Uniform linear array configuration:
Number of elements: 48
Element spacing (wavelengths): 0.5
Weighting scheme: blackman
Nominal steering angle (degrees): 45
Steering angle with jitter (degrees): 46.837
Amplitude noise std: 0.05
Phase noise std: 0.05

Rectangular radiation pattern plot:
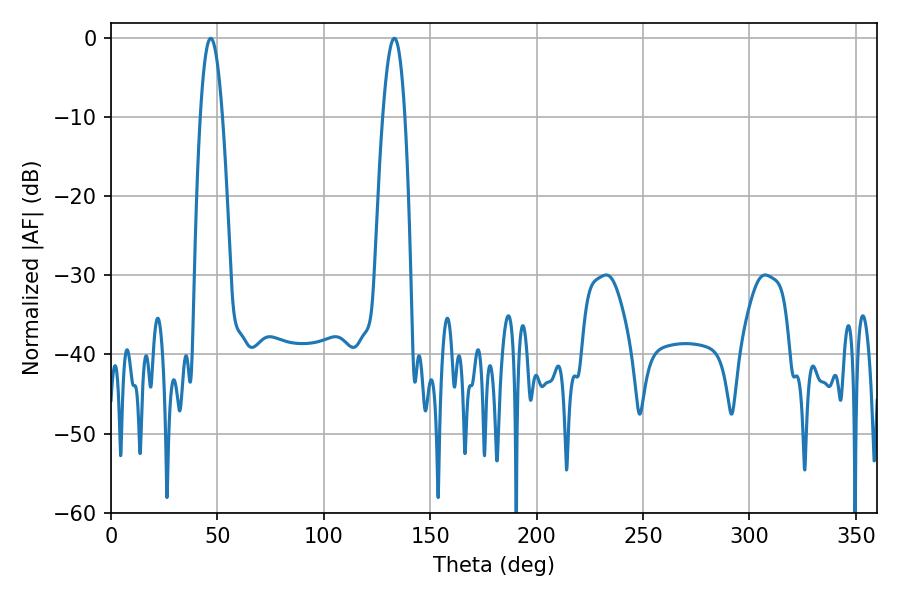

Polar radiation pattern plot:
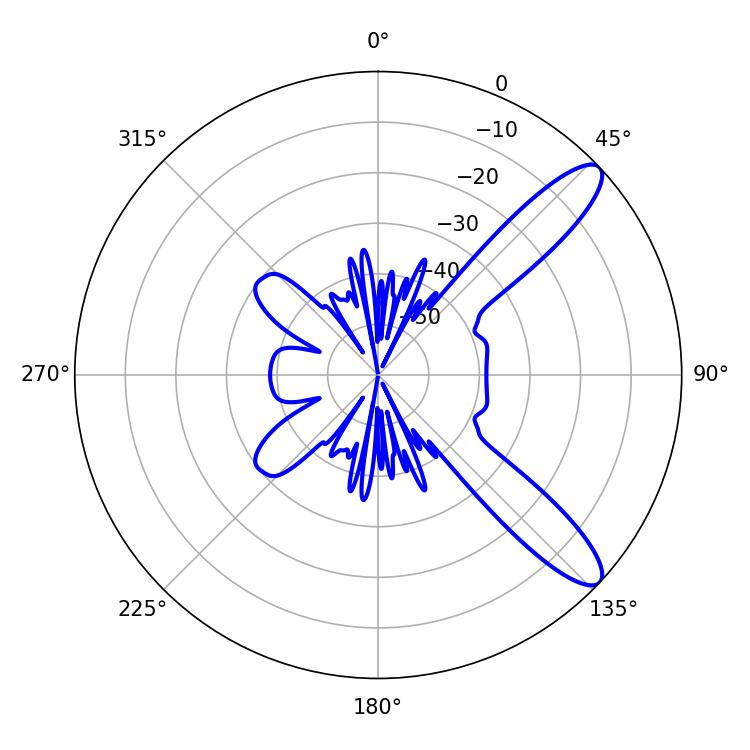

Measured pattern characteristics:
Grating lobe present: FALSE
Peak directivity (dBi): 11.036
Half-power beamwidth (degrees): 5.76
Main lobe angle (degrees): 46.8